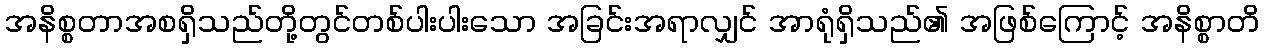
အနိစ္စတာအစရှိသည်တို့တွင်တစ်ပါးပါးသော အခြင်းအရာလျှင် အာရုံရှိသည်၏ အဖြစ်ကြောင့် အနိစ္စာတိ